Scottish Leaving Certificate Examination, 1952
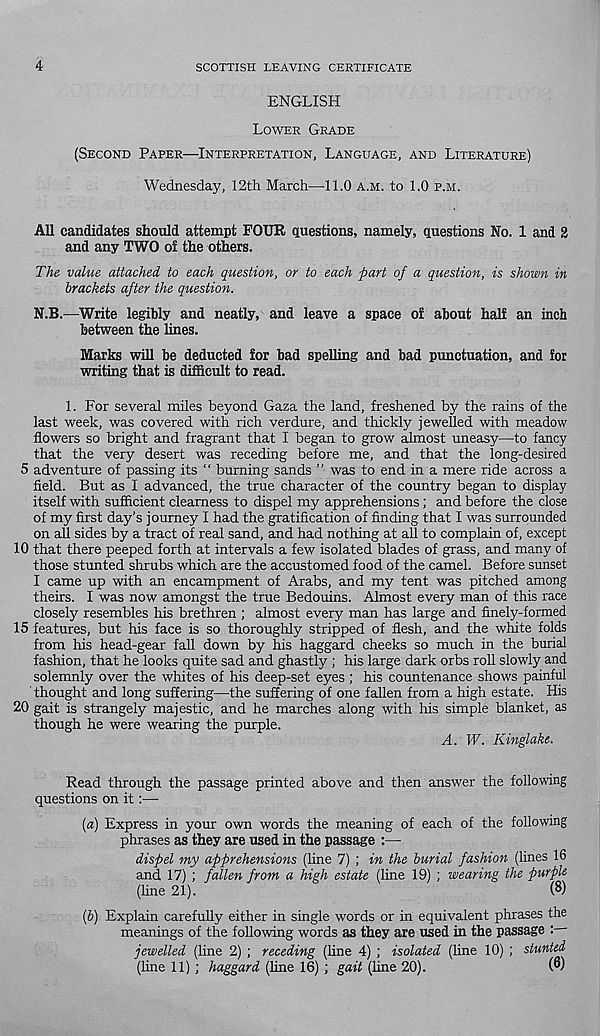
4
SCOTTISH LEAVING CERTIFICATE
ENGLISH
LOWER GRADE
(SECOND PAPER—INTERPRETATION, LANGUAGE, AND LITERATURE)
Wednesday, 12th March—11.0 A.M. to 1.0 P.M.
All candidates should attempt FOUR questions, namely, questions No. 1 and 2
and any TWO of the others.
The value attached to each question, or to each part of a question, is shown in
brackets after the question.
N.B.—Write legibly and neatly, and leave a space of about half an inch
between the lines.
Marks will be deducted for bad spelling and bad punctuation, and for
writing that is difficult to read.
1. For several miles beyond Gaza the land, freshened by the rains of the
last week, was covered with rich verdure, and thickly jewelled with meadow
flowers so bright and fragrant that I began to grow almost uneasy—to fancy
that the very desert was receding before me, and that the long-desired
5 adventure of passing its “ burning sands ” was to end in a mere ride across a
field. But as I advanced, the true character of the country began to display
itself with sufficient clearness to dispel my apprehensions; and before the close
of my first day’s journey I had the gratification of finding that I was surrounded
on all sides by a tract of real sand, and had nothing at all to complain of, except
10 that there peeped forth at intervals a few isolated blades of grass, and many of
those stunted shrubs which are the accustomed food of the camel. Before sunset
I came up with an encampment of Arabs, and my tent was pitched among
theirs. I was now amongst the true Bedouins. Almost every man of this race
closely resembles his brethren ; almost every man has large and finely-formed
15 features, but his face is so thoroughly stripped of flesh, and the white folds
from his head-gear fall down by his haggard cheeks so much in the burial
fashion, that he looks quite sad and ghastly ; his large dark orbs roll slowly and
solemnly over the whites of his deep-set eyes ; his countenance shows painful
thought and long suffering—the suffering of one fallen from a high estate. His
20 gait is strangely majestic, and he marches along with his simple blanket, as
though he were wearing the purple.
A. W. Kinglake.
Read through the passage printed above and then answer the following
questions on it:—-
(а) Express in your own words the meaning of each of the following
phrases as they are used in the passage :—
dispel my apprehensions (line 7) ; in the burial fashion (lines 16
and 17) ; fallen from a high estate (line 19) ; wearing the purple
(line 21).
(8)
(б) Explain carefully either in single words or in equivalent phrases the
meanings of the following words as they are used in the passage
jewelled (line 2) ; receding (line 4) ; isolated (line 10) ; stunted
(line 11) ; haggard (line 16) ; gait (line 20).
(8)